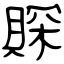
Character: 賝